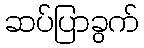
ဆပ်ပြာခွက်